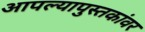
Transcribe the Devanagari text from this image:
आपल्यापुस्तकांवर